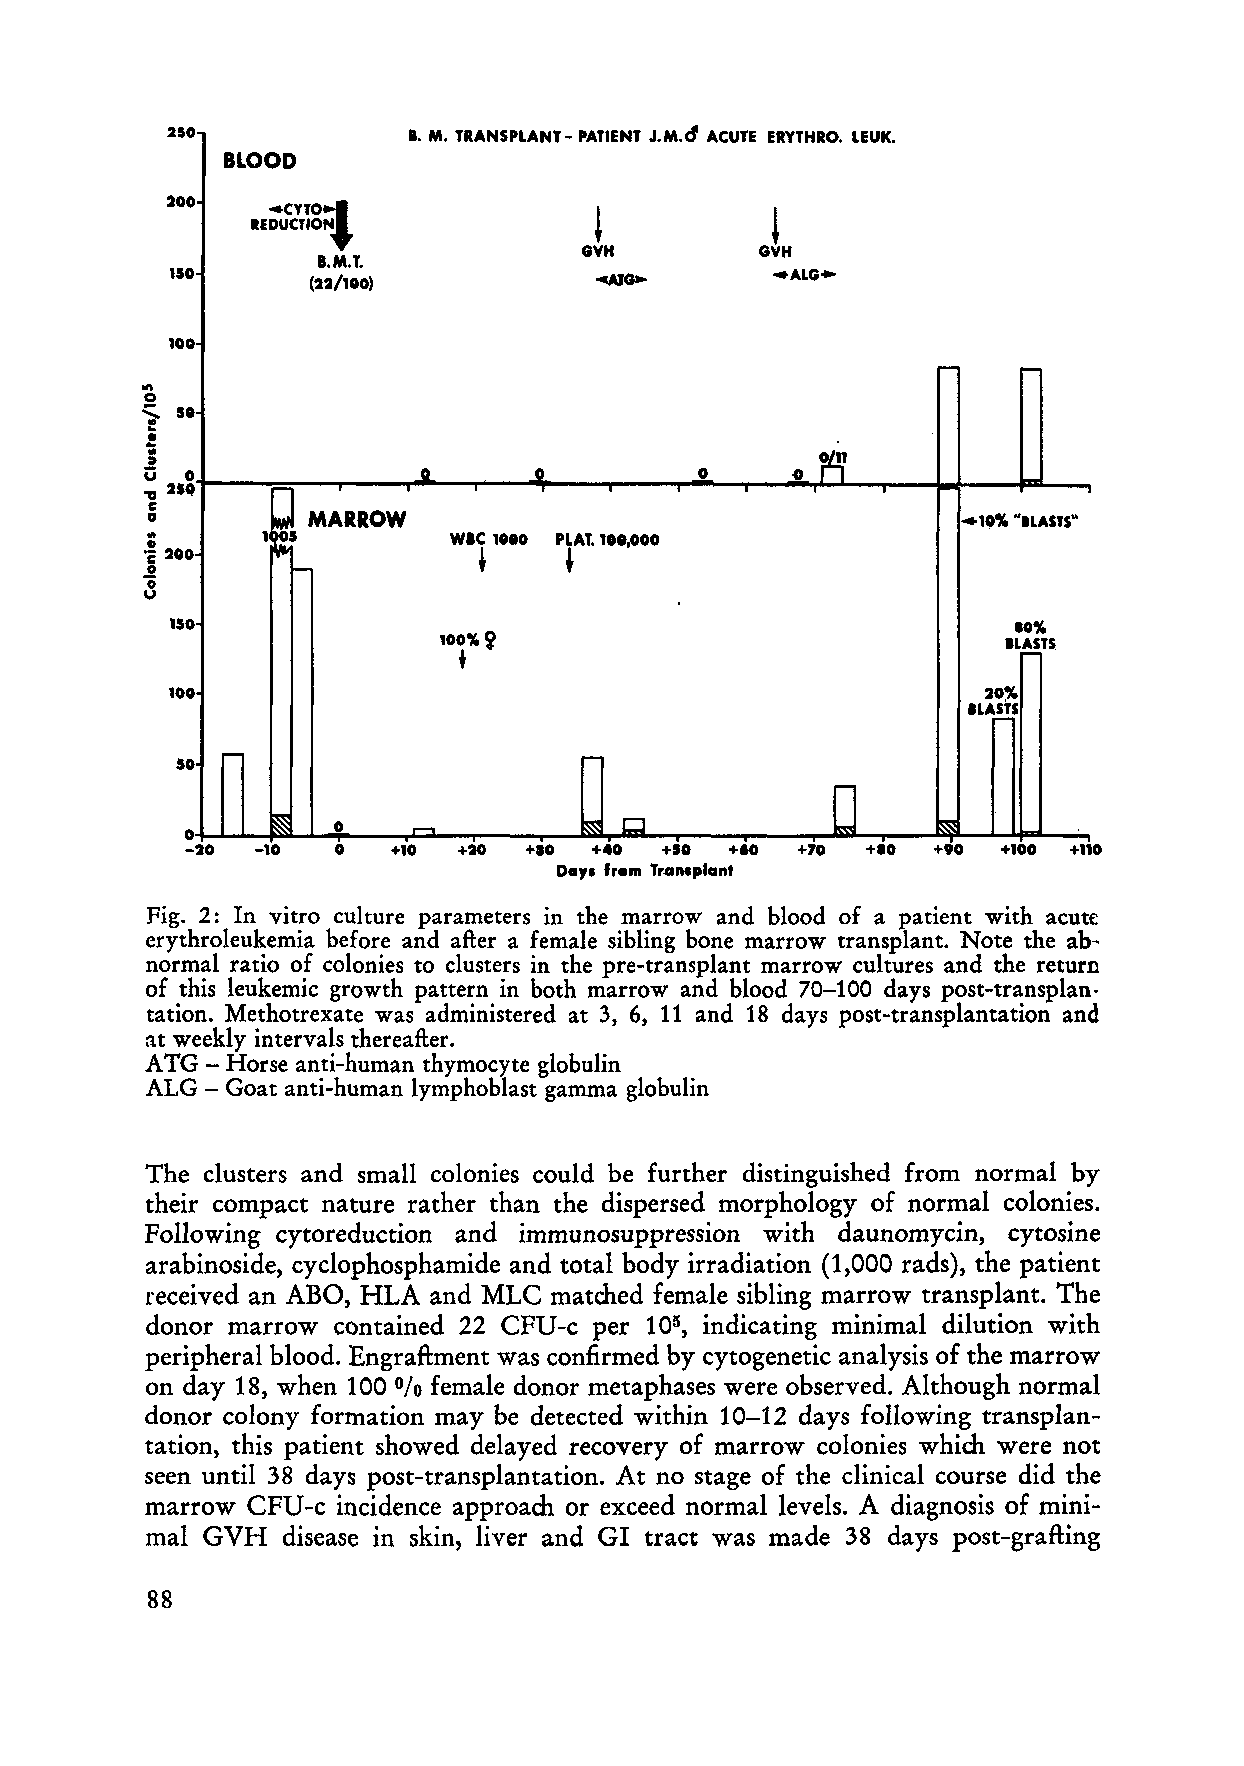
250             I. M. TRANSPLANT - PA, TIEN T J. M. d ACUTE E, RYT HRO. LEUK.
 BLOOD
 200
 4CYT0:J
 REDUCTION
 GVH        GVH
 I.M.T.
 150                                     .ALG·
 (22/100)           04AJ~
 100
 -
 t-"
 '"
 0. .
 S  5 •
 ..
 !
 :t                                        ~fl!r               .
 Ü 0     g         ~       0         0
 ." 210
 . 1c 1. 1  MARROW                                     .,0% "ILASTS"
 •      '~5          WIC , ••0 PLAT. lIe,ooo
 ~ 200     -           ~     ~
 0
 "0
 u
 150                                                     10%
 100%~
 IL~TS
 +
 100                                                   20%
 .LA,!!S
 SO t-"                     r-
 0
 ~   .Jl  .......     ~ D                    ~
 0
 -20  -10  0   +10 +20  +10 +40  +50 +60  +70 +10  +90 +100 +110
 Da,. 'rem Tran.plant
 Fig. 2: In vitro culture parameters in the marrow and blood of a patient with acute
 erythroleukemia before and after a fe male sibling bone marrow transplant. Note the ab
 normal ratio of colonies to clusters in the pre-transplant marrow cultures and the return
 of this leukemic growth pattern in both marrow and blood 70-100 days post-transplan.
 tation. Methotrexate was administered at 3, 6, 11 and 18 days post-transplantation and
 at weekly intervals thereafter.
 ATG - Horse anti-human thymocyte globulin
 ALG - Goat anti-human lymphoblast gamma globulin
 The clusters and small colonies could be further distinguished from normal by
 their compact nature rather than the dispersed morphology of normal colonies.
 Following cytoreduction and immunosuppression with daunomycin, cytosine
 arabinoside, cyclophosphamide and total body irradiation (1,000 rads), the patient
 received an ABO, HLA and MLC matched female sibling marrow transplant. The
 donor marrow contained 22 CFU-c per 105 indicating minimal dilution with
 ,
 periphera l blood. Engraftment was confirmed by cytogenetic analysis of the marrow
 on day 18, when 100 female donor metaphases were observed. Although normal
 %
 donor colony formation may be detected within 10-12 days following transplan
 tation, this patient showed delayed recovery of marrow colonies which were not
 seen until 38 days post-transplantation. At no stage of the clinical course did the
 marrow CFU-c incidence approach or exceed normal levels. A diagnosis of mini
 mal GVH  disease in skin, liver and GI tract was made 38 days post-grafting
 88